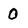
Character: 0